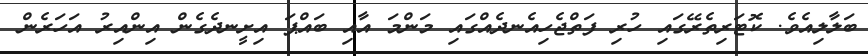
ބަލާލިއެވެ. ކޮޓަރިތެރޭގައި ހުރި ފަތްޖެހިއެނދެއްގައި މަންމަ އާއި ބައްޕަ އިށީނދެގެން އިންއިރު އަހަރެން